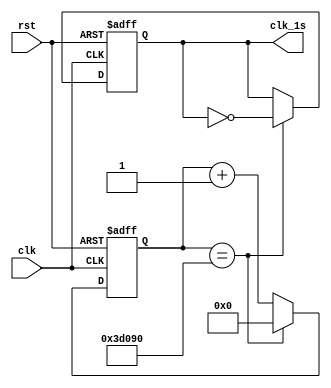
module clk_div(clk,rst,clk_1s);

input clk;
input rst;
output clk_1s;

reg clk_1s;

reg [24:0] cnt;

always @(posedge clk,negedge rst)begin
   if(!rst)begin
      cnt<=25'd0;
      clk_1s<=1'b1;
      end
   else if(cnt==25'd25_000_0)begin
      clk_1s<=~clk_1s;
      cnt<=25'd0;
      end
   else
      cnt<=cnt+1'd1;
end

endmodule